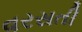
વરસતી